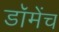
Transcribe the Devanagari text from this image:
डॉमेंच